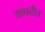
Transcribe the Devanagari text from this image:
आपत्तीच